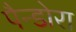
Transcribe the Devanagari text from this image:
पैन्डोरा